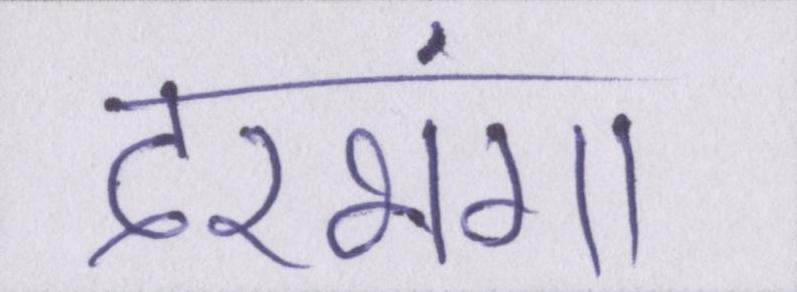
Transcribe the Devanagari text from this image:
दरभंगा